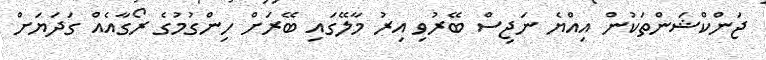
ޖަންކްޝަންތަކުން އިއްޔެ ނަޖިސް ބޭރުވި އިރު މާލޭގައި ބޭރަށް ހިންގުމުގެ ރޯގާއެއް ގަދަޔަށް